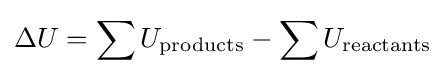
\Delta U=\sum U_{\text{products}}-\sum U_{\text{reactants}}